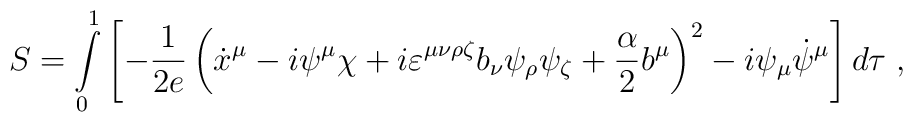
S=\int\limits_0^1\left[-\frac{1}{2e}\left(\dot x^\mu-i\psi^\mu\chi+i\varepsilon^{\mu\nu\rho\zeta}b_\nu\psi_\rho\psi_\zeta+{\alpha\over2}b^\mu\right)^2-i\psi_\mu\dot\psi^\mu\right]d\tau\;,